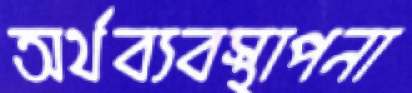
অর্থব্যবস্থাপনা